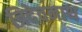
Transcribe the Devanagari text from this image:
त्रिदेवनाथ